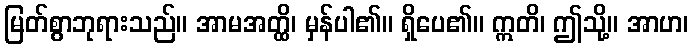
မြတ်စွာဘုရားသည်။ အာမအတ္ထိ၊ မှန်ပါ၏။ ရှိပေ၏။ ဣတိ၊ ဤသို့။ အာဟ၊